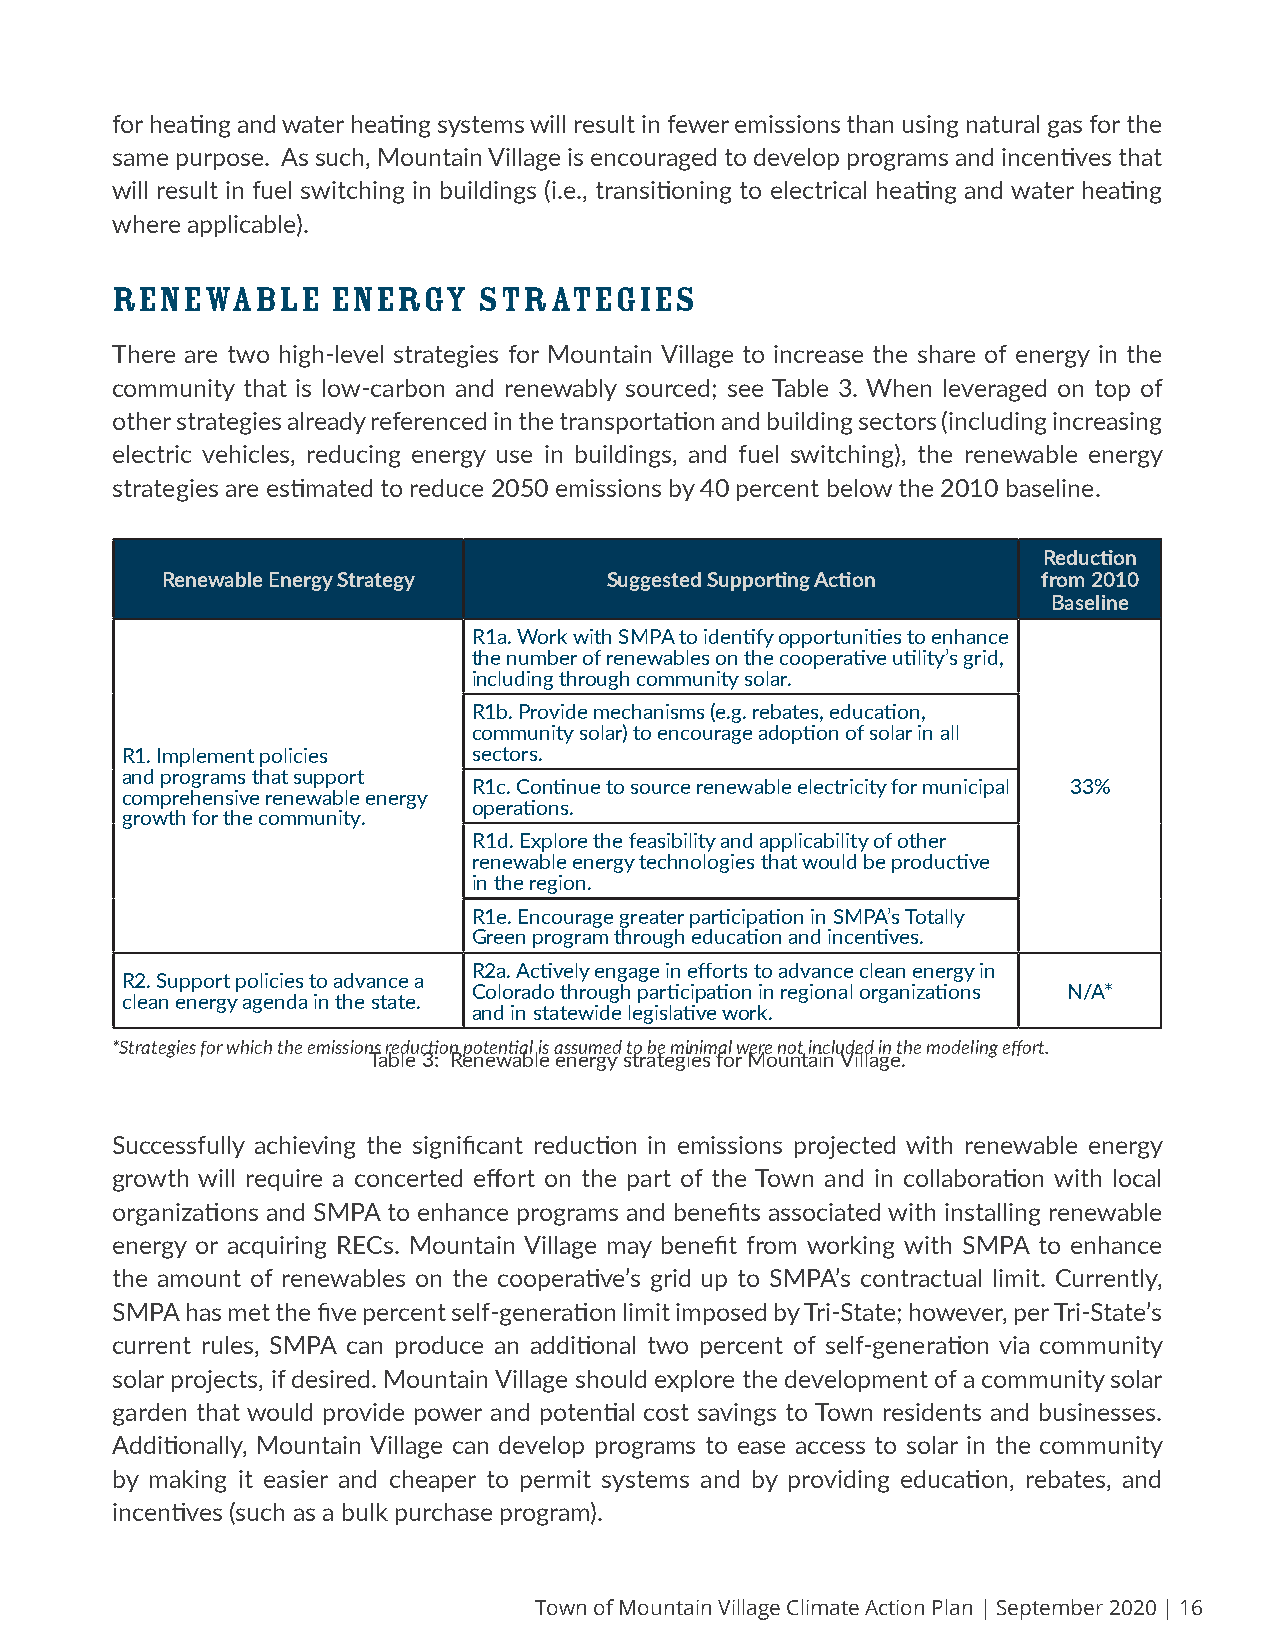
for heating and water heating systems will result in fewer emissions than using natural gas for the
 same purpose. As such, Mountain Village is encouraged to develop programs and incentives that
 will result in fuel switching in buildings (i.e., transitioning to electrical heating and water heating
 where applicable).
 RENEWABLE      ENERGY    STRATEGIES
 There are two high-level strategies for Mountain Village to increase the share of energy in the
 community that is low-carbon and renewably sourced; see Table 3. When leveraged on top of
 other strategies already referenced in the transportation and building sectors (including increasing
 electric vehicles, reducing energy use in buildings, and fuel switching), the renewable energy
 strategies are estimated to reduce 2050 emissions by 40 percent below the 2010 baseline.
 Reduction
 Renewable Energy Strategy    Suggested Supporting Action  from 2010
 Baseline
 R1a. Work with SMPA to identify opportunities to enhance
 the number of renewables on the cooperative utility’s grid,
 including through community solar.
 R1b. Provide mechanisms (e.g. rebates, education,
 community solar) to encourage adoption of solar in all
 R1. Implement policies sectors.
 and programs that support
 R1c. Continue to source renewable electricity for municipal 33%
 comprehensive renewable energy
 operations.
 growth for the community.
 R1d. Explore the feasibility and applicability of other
 renewable energy technologies that would be productive
 in the region.
 R1e. Encourage greater participation in SMPA’s Totally
 Green program through education and incentives.
 R2a. Actively engage in efforts to advance clean energy in
 R2. Support policies to advance a
 Colorado through participation in regional organizations N/A*
 clean energy agenda in the state.
 and in statewide legislative work.
 *Strategies for which the emissions reduction potential is assumed to be minimal were not included in the modeling effort.
 Table 3: Renewable energy strategies for Mountain Village.
 Successfully achieving the significant reduction in emissions projected with renewable energy
 growth will require a concerted effort on the part of the Town and in collaboration with local
 organizations and SMPA to enhance programs and benefits associated with installing renewable
 energy or acquiring RECs. Mountain Village may benefit from working with SMPA to enhance
 the amount of renewables on the cooperative’s grid up to SMPA’s contractual limit. Currently,
 SMPA has met the five percent self-generation limit imposed by Tri-State; however, per Tri-State’s
 current rules, SMPA can produce an additional two percent of self-generation via community
 solar projects, if desired. Mountain Village should explore the development of a community solar
 garden that would provide power and potential cost savings to Town residents and businesses.
 Additionally, Mountain Village can develop programs to ease access to solar in the community
 by making it easier and cheaper to permit systems and by providing education, rebates, and
 incentives (such as a bulk purchase program).
 Town of Mountain Village Climate Action Plan | September 2020 | 16